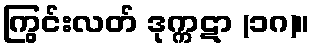
ကြွင်းလတ် ဒုက္ကဋာ (၁ဂ)။